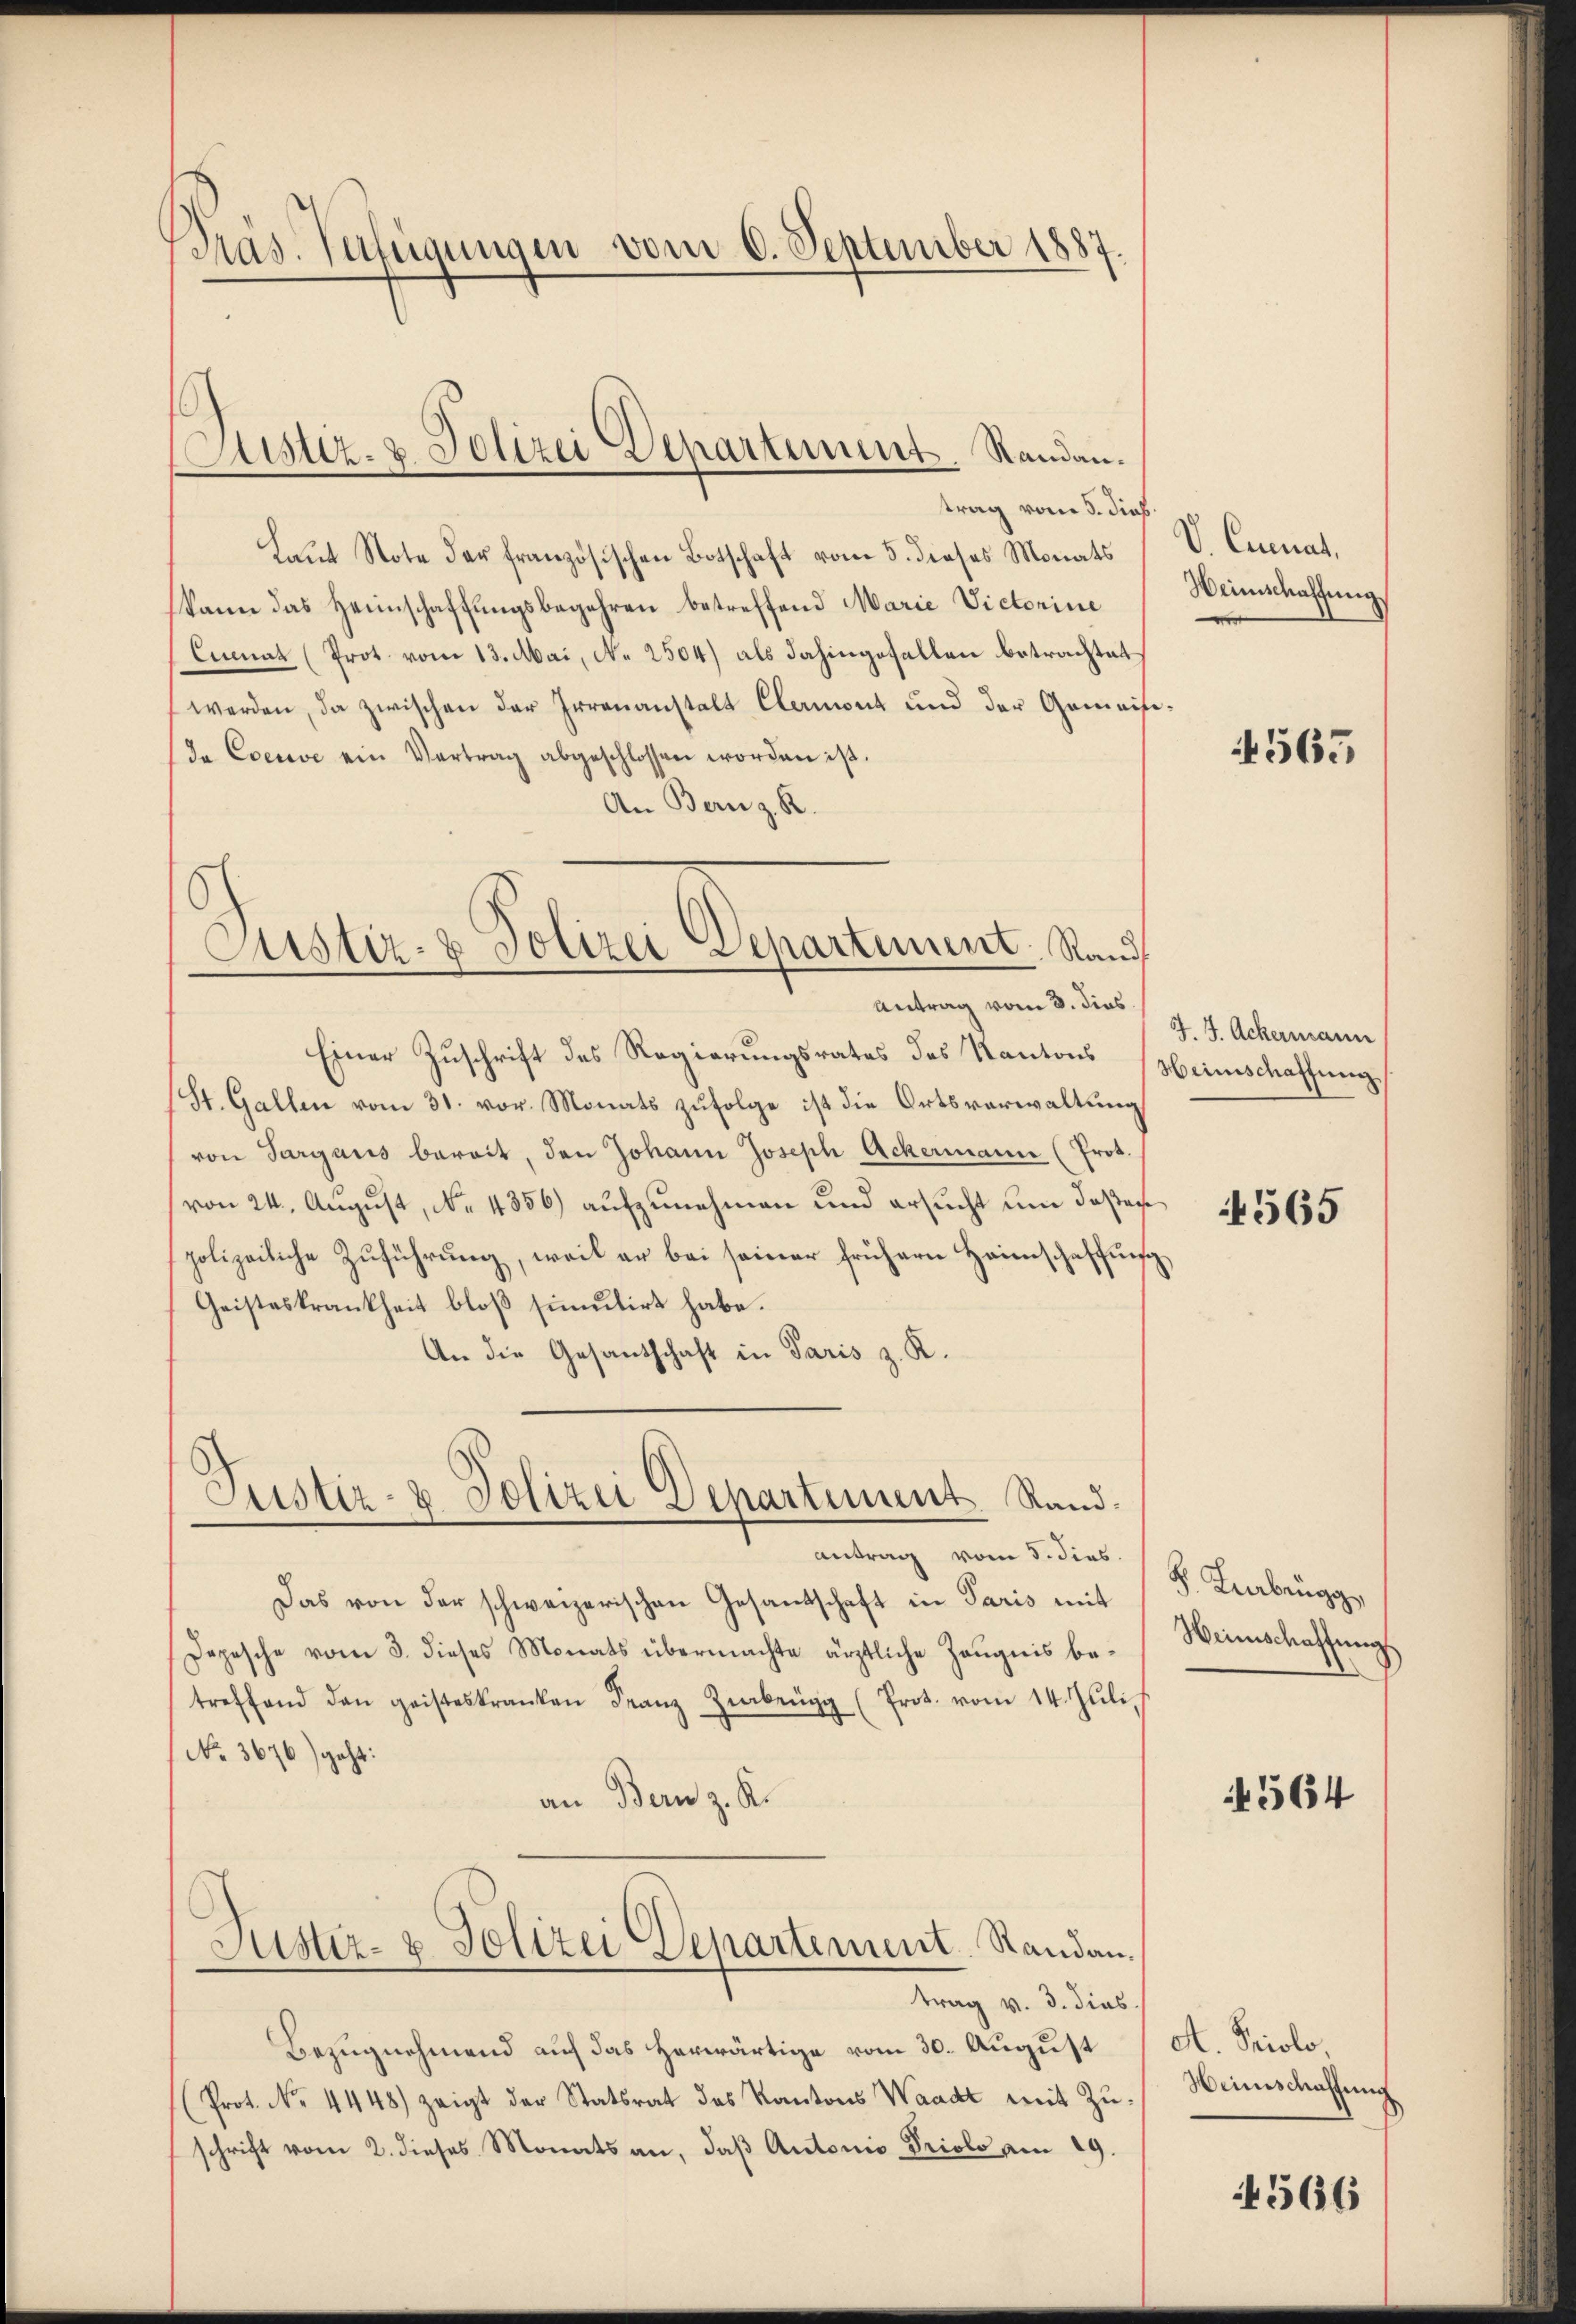
Präs. Verfügungen vom 6. September 1887.

trag vom 5. dies
Laŭt Note der französischen Botschaft vom 5. dieses Monats
kann das Heimschaffŭngsbegehren betreffend Marie Victoriue
Cumnat (Prot. vom 13. Mai, No 2504) als dahingefallen betrachtet
werden, da zwischen der Irrenanstalt Clamont und der Gemeifida Coeuve ein Vertrag abgeschlossen worden ist.
An Bern z. R.

ustiz- & Polizei Departement. Standen.

Justiz- & Polizei Departement Kauf

Einer Zuschrift des Regierungsrates des Kantons Heimschaffung
(St. Gallen vom 31. vor. Monats zufolge ist die Ortsverwaltung
von Sargauis bereit, den Johann Joseph Ackermann (Prot.
von 24. August, No 4356) aufzunehmen und ersucht um dassen
polizeiliche Zuführung, weil er bei seiner frühern Heimschaffung,
Geisteskrankheit bloβ simŭlirt habe.
An die Gesantschaft in Paris z. R.

Justiz- & Polizei Departement. Rand¬

Justiz- & Polizei Departement. Standan¬

Das von der schweizerischen Gesandschaft in Paris mit
Depesche vom 3. dieses Monats übermachte ärztliche Zeugnis betreffend den geisteskranken Franz Zibergg (Prot. vom 14. Jŭli
No. 3676) geht:
an Bern z. K.

trag v. 3. dies

Antrag vom 3. dies

Antrag vom 5. dies

Bezugnehmend auf das herwärtige vom 30. August
(Prot. No. 4448) zeigt der Statsrat des Kantons Waadt mit Zuschrift vom 2. dieses Monats an, daβ Autonio Priole am 19.

V. Cumnat.
Weinschaffung.

565

J. 4. Ackermann

565

F. Zurbrugg,
Weinschaffungs

564

A. Priolo,
Weinschaffung

566